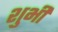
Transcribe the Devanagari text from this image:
शुभी